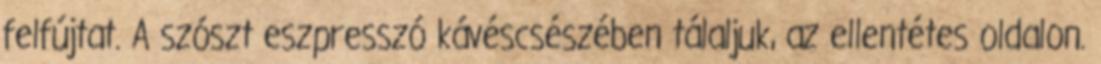
felfújtat. A szószt eszpresszó kávéscsészében tálaljuk, az ellentétes oldalon.